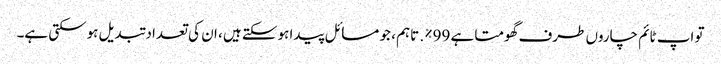
تو اپ ٹائم چاروں طرف گھومتا ہے 99٪. تاہم ، جو مسائل پیدا ہوسکتے ہیں ، ان کی تعداد تبدیل ہوسکتی ہے۔